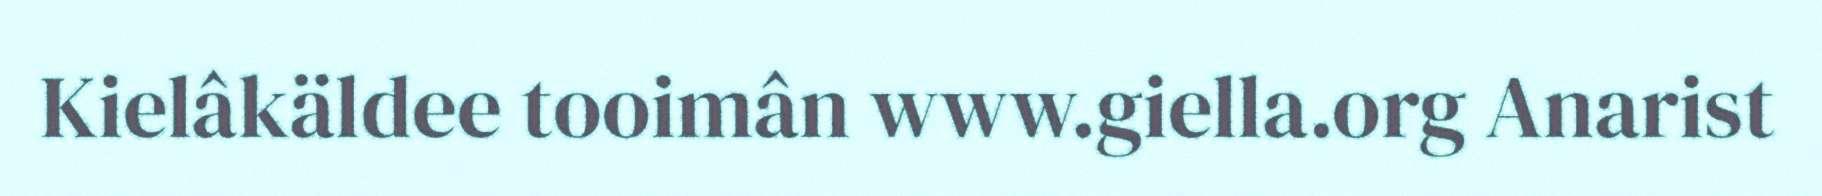
Kielâkäldee tooimân www.giella.org Anarist